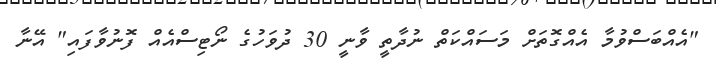
"އެއްބަސްވުމާ އެއްގޮތަށް މަސައްކަތް ނުދާތީ ވާނީ 30 ދުވަހުގެ ނޯޓިސްއެއް ފޮނުވާފައި" އޭނާ